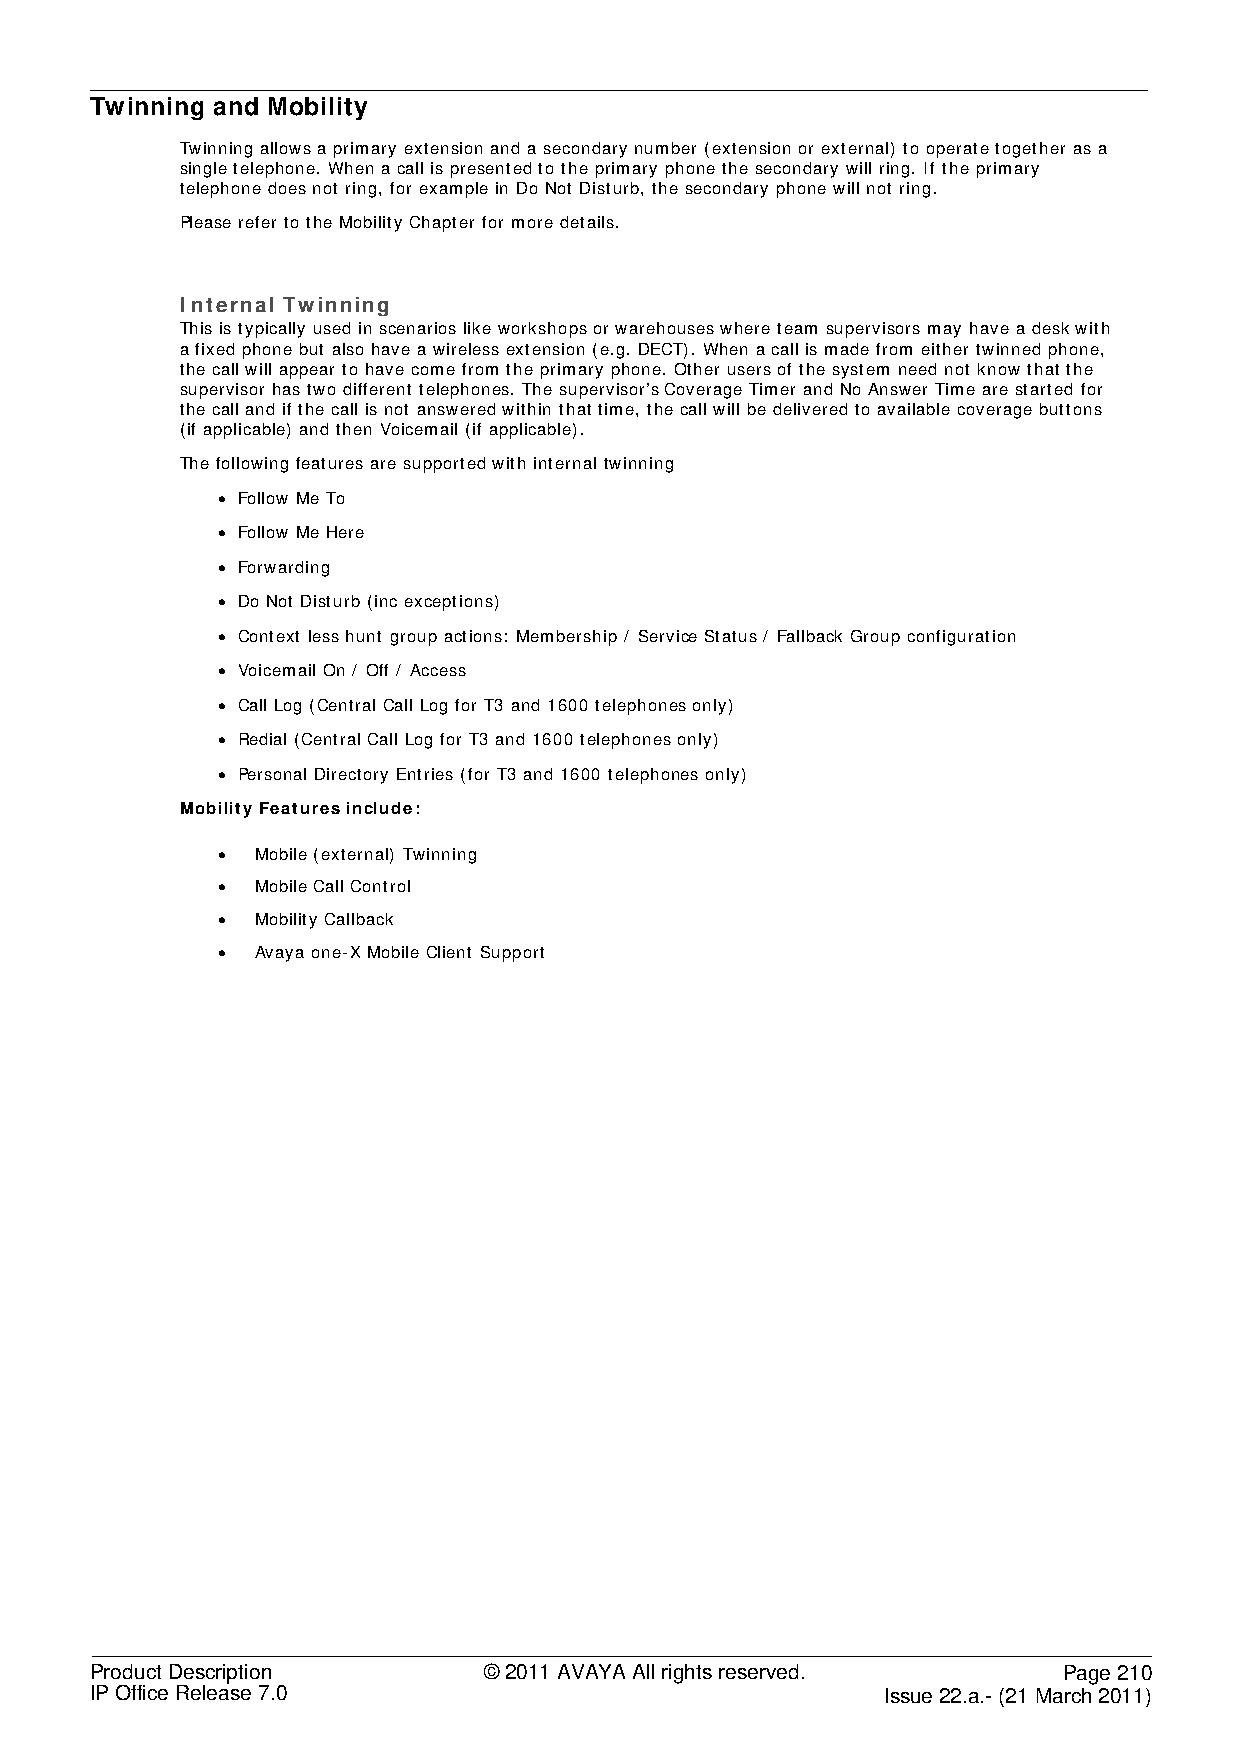
Twinning and Mobility
 Twinning allows a primary extension and a secondary number (extension or external) to operate together as a
 single telephone. When a call is presented to the primary phone the secondary will ring. If the primary
 telephone does not ring, for example in Do Not Disturb, the secondary phone will not ring.
 Please refer to the Mobility Chapter for more details.
 Internal Twinning
 This is typically used in scenarios like workshops or warehouses where team supervisors may have a desk with
 a fixed phone but also have a wireless extension (e.g. DECT). When a call is made from either twinned phone,
 the call will appear to have come from the primary phone. Other users of the system need not know that the
 supervisor has two different telephones. The supervisor’s Coverage Timer and No Answer Time are started for
 the call and if the call is not answered within that time, the call will be delivered to available coverage buttons
 (if applicable) and then Voicemail (if applicable).
 The following features are supported with internal twinning
 • Follow Me To
 • Follow Me Here
 • Forwarding
 • Do Not Disturb (inc exceptions)
 • Context less hunt group actions: Membership / Service Status / Fallback Group configuration
 • Voicemail On / Off / Access
 • Call Log (Central Call Log for T3 and 1600 telephones only)
 • Redial (Central Call Log for T3 and 1600 telephones only)
 • Personal Directory Entries (for T3 and 1600 telephones only)
 Mobility Features include:
 •  Mobile (external) Twinning
 •  Mobile Call Control
 •  Mobility Callback
 •  Avaya one-X Mobile Client Support
 Product Description       © 2011 AVAYA All rights reserved.     Page 210
 IP Office Release 7.0                                Issue 22.a.- (21 March 2011)